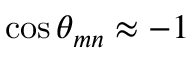
\cos \theta _ { m n } \approx - 1